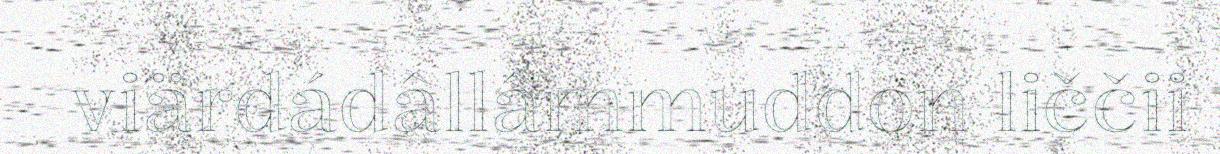
viärdádâllâmmuddon liččii